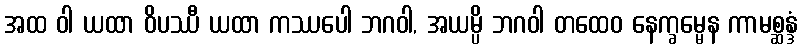
အထ ဝါ ယထာ ဝိပဿီ ယထာ ကဿပေါ ဘဂဝါ, အယမ္ပိ ဘဂဝါ တထေဝ နေက္ခမ္မေန ကာမစ္ဆန္ဒံ